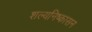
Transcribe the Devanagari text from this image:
शल्यनिष्कासन